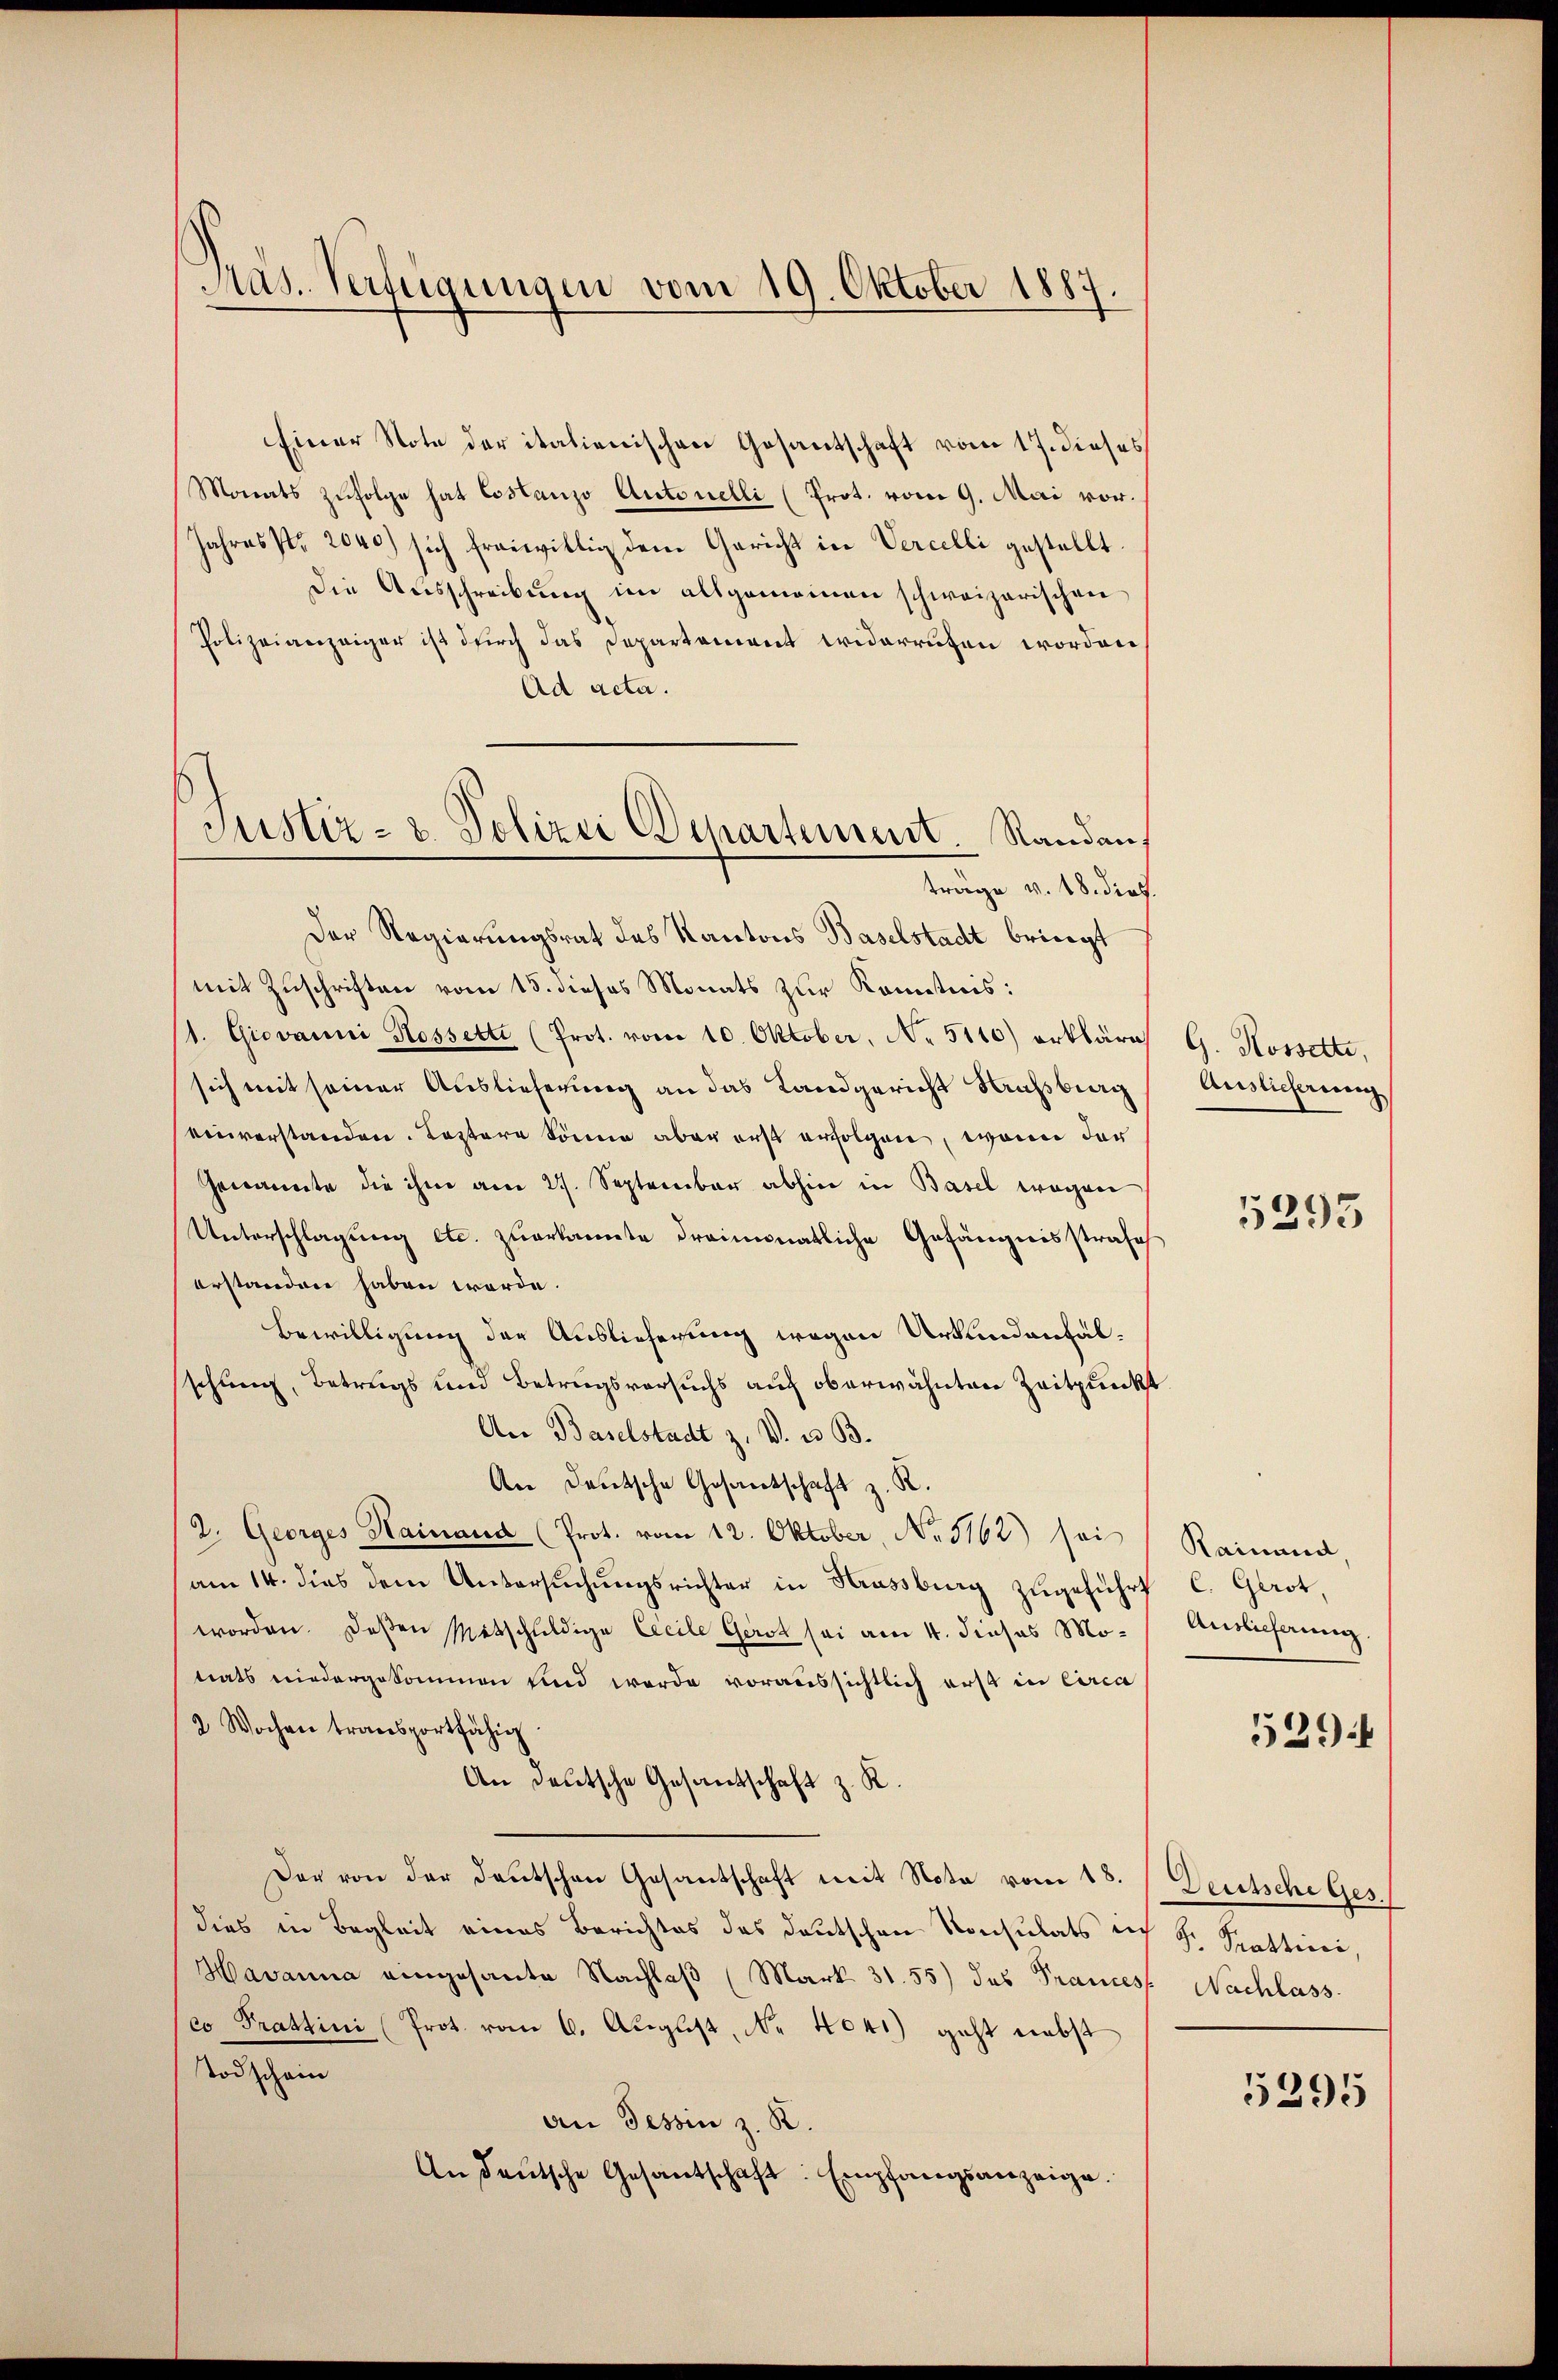
Pras. Verfügungen vom 19. Oktober 1887.

Einer Note der italienischen Gesantschaft vom 17. dieses
Monats zufolge hat Costanzo Autonelli (Prot. vom 9. Mai vor.
Jahresfr. 2040) sich freiwillig dem Gericht in Vercelli gestellt.
Die Ausschreibŭng im allgemeinen schweizerischen
Polizeianzeiger ist durch das Departement widerrufen worden
Ad acta.
träge v. 18. dies.
Der Regierungsrat des Kantons Baselstadt bringt
mit Zuschriften vom 15. dieses Monats zur Kenntnis:
1. Giovanni Rossetti (Prot. vom 10. Oktober, No 5110) erkläre
sich mit seiner Auslieferung an das Landgericht Strassburg
einverstanden. Leztere könne aber erst erfolgen, wenn der
Genannte die ihm am 27. September abhin in Basel wegen
Unterschlagung etc. zuerkannte dreimonatliche Gefängnisstrafe
erstanden haben worde.
Bewilligung der Auslieferung wegen Urkundenhalschung, Betrugs und Betrugsversuchs auch oberwähnten Zeitpunkt
An Baselstadt z. V. u. B.
An Deutsche Gesandtschaft z. R.
2. Georges Hainand (Prot. vom 12. Oktober, No 5162) sei
am 14. dies dem Untersuchungsrichter in Strassburg zugeführt
worden. Deßen Retschuldige Cecile Gerst sei am 4. dieses Motiats niedergekommen und werde voraussichtlich erst in Circa
2 Wochen transportfähig
An deutsche Gesandtschaft z. K
Der von der Deutschen Gesantschaft mit Nota vom 18. J Deutsche Ges.
dies in Begleit eines Berichtes des deutschen Konsulats ich Hr. Prattieri,
Havanna eingesante Nachlaβ (Mark. 31. 55) das Prances. Nachlass
co Prattini (Prot. vom 6. August, No. 4041) geht nebst
Todschein
an Tessin z. R.
An deutsche Gesandschaft. Empfangsanzeige.

Justiz- u. Polizei Departement. Randau,
.

G. Rossette,
Auslieferung
5393

Rainand
C. Gerot,
Auslieferung

529

5395